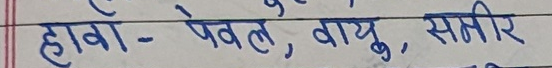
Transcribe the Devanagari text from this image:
हावा - पवन, वायु, समीर